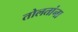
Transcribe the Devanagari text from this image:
तोलतांना